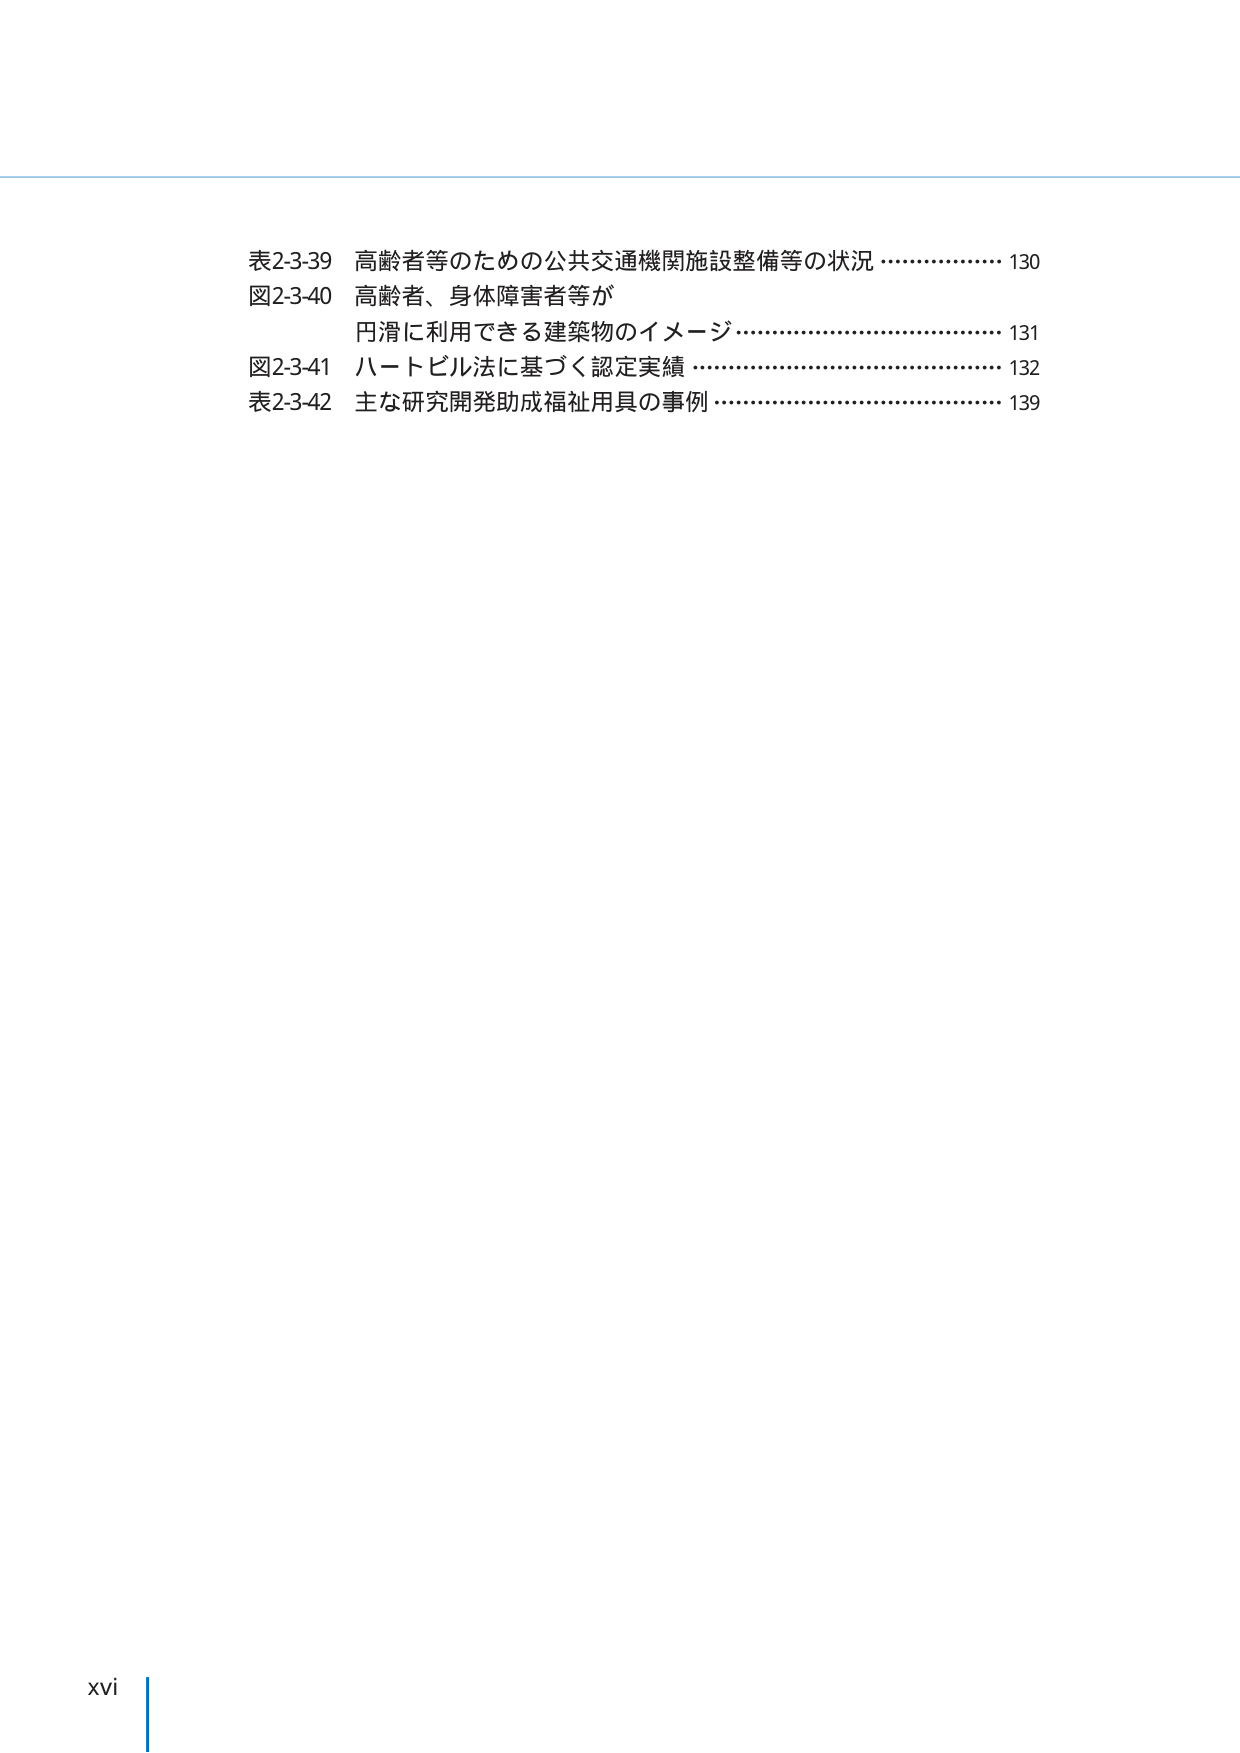
表2-3-39 高齢者等のための公共交通機関施設整備等の状況 ……………… 130
図2-3-40 高齢者、身体障害者等が
　　　　　円滑に利用できる建築物のイメージ ………………………… 131
図2-3-41 ハートビル法に基づく認定実績 ……………………………… 132
表2-3-42 主な研究開発助成福祉用具の事例 …………………………… 139

xvi